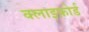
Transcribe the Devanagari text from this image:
क्लाइफ़ोर्ड